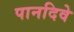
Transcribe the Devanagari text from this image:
पानदिवे